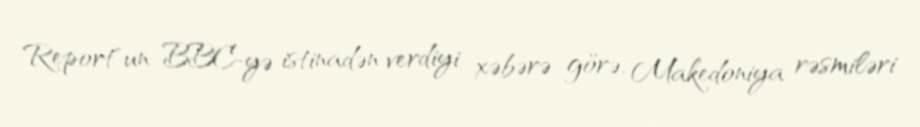
Report"un BBC-yə istinadən verdiyi xəbərə görə, Makedoniya rəsmiləri